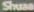
Shuaa